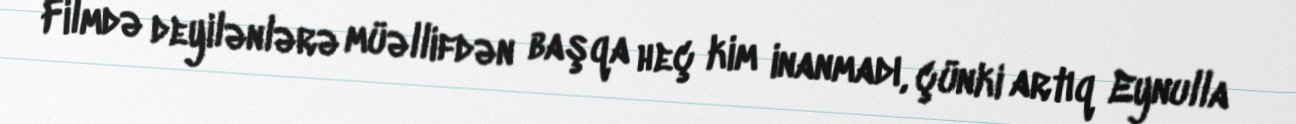
Filmdə deyilənlərə müəllifdən başqa heç kim inanmadı, çünki artıq Eynulla